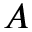
A